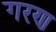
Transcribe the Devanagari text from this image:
गरण